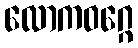
လောကဝဂ္ဂေ